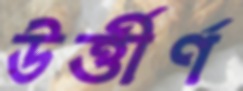
উর্ত্তীর্ণ